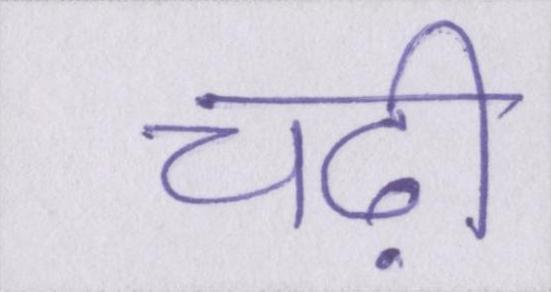
चढ़ी